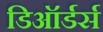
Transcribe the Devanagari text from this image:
डिऑर्डर्स